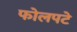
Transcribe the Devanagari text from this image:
फोलपटे